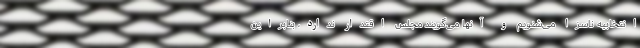
انتخابیه ناسزا می‌شنویم و آنها می‌گویند مجلس اقتدار ندارد، بنابراین